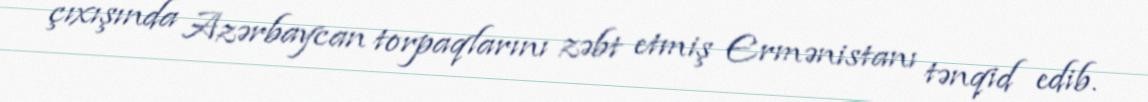
çıxışında Azərbaycan torpaqlarını zəbt etmiş Ermənistanı tənqid edib.